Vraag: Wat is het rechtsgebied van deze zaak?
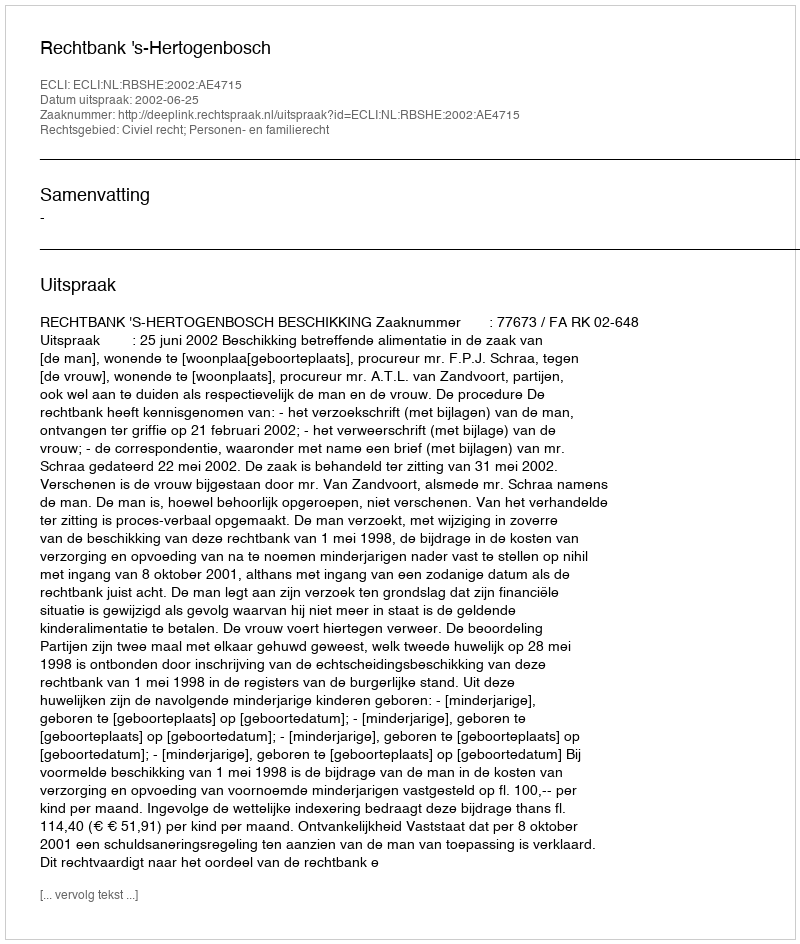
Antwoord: Civiel recht; Personen- en familierecht